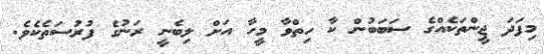
މިފަދަ ޖީންތަކެއްގެ ސަބަބުން ކާ ހިތްވާ މީހާ އަށް ލިބެނީ ރަނުގެ ފުރުސަތެކެވެ.